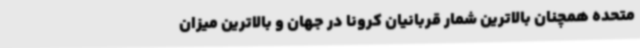
متحده همچنان بالاترین شمار قربانیان کرونا در جهان و بالاترین میزان